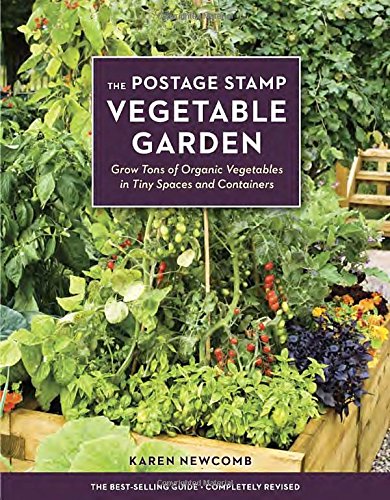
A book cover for The Postage Stamp Vegetable Garden: Grow Tons of Organic Vegetables in Tiny Spaces and Containers; Karen Newcomb; Crafts, Hobbies & Home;